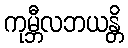
ကုမ္ဘီလဘယန္တိ